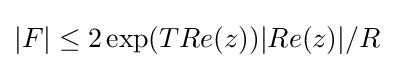
|F|\leq 2\exp(TRe(z))|Re(z)|/R